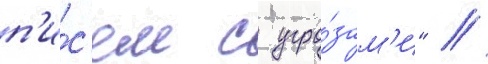
п'и́с'ем с угро́зам'и" //